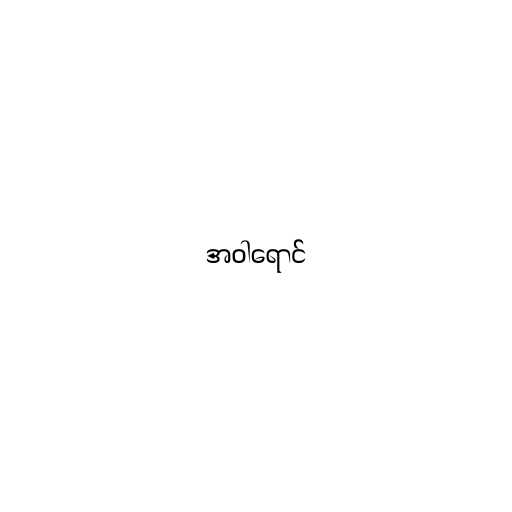
အဝါရောင်